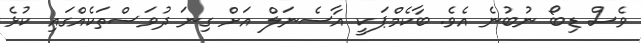
ވެސް ޑިބޯ ނުބުނެ އެވެ. ބާކެމްޕަކީ އާސެނަލް އަށް ގިނަ ދުވަސްތަކެއްގައި ކުޅެ